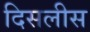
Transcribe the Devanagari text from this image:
दिसलीस